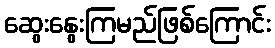
ဆွေးနွေးကြမည်ဖြစ်ကြောင်း